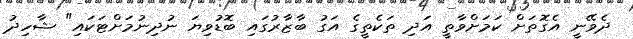
ދެވޭނީ އެގޮތަށް ކަމަށްވާތީ އަދި ތަކެތީގެ އަގު ބާޒާރުގައި ބޮޑުވިޔަ ނުދިނުމަށްޓަކައި" ޝާހިދު